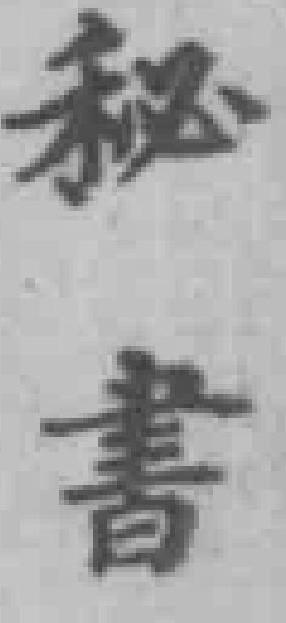
秘書